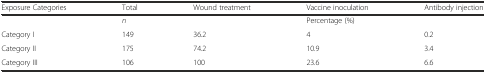
<table><thead><tr><td><b>Exposure Categories</b></td><td><b>Total</b></td><td><b>Wound treatment</b></td><td><b>Vaccine inoculation</b></td><td><b>Antibody injection</b></td></tr></thead><tbody><tr><td></td><td><i>n</i></td><td></td><td>Percentage (%)</td><td></td></tr><tr><td>Category I</td><td>149</td><td>36.2</td><td>4</td><td>0.2</td></tr><tr><td>Category II</td><td>175</td><td>74.2</td><td>10.9</td><td>3.4</td></tr><tr><td>Category III</td><td>106</td><td>100</td><td>23.6</td><td>6.6</td></tr></tbody></table>